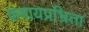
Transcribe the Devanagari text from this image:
कषायप्रभ्रिता